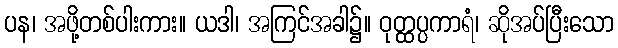
ပန၊ အဖို့တစ်ပါးကား။ ယဒါ၊ အကြင်အခါ၌။ ဝုတ္ထပ္ပကာရံ၊ ဆိုအပ်ပြီးသော